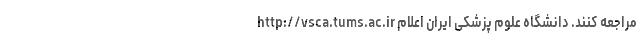
http://vsca.tums.ac.ir مراجعه کنند. دانشگاه علوم پزشکی ایران اعلام